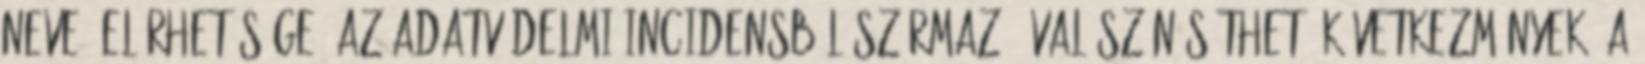
neve, elérhetősége; az adatvédelmi incidensből származó, valószínűsíthető következmények; a